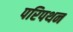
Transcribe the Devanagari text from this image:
परिपथन